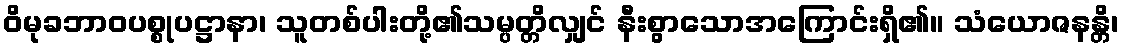
ဝိမုခဘာဝပစ္စုပဋ္ဌာနာ၊ သူတစ်ပါးတို့၏သမ္ပတ္တိလျှင် နီးစွာသောအကြောင်းရှိ၏။ သံယောဇနန္တိ၊